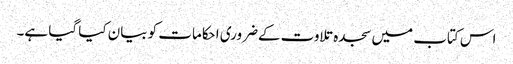
اس کتاب میں سجدہ تلاوت کےضروری احکامات کو بیان کیا گیا ہے۔